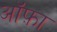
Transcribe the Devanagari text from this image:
ऑफ़ा